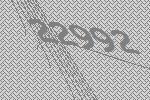
22992